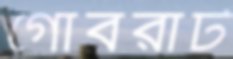
গোবরাট